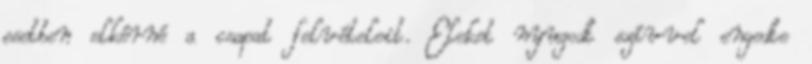
esetben elkérné a csapat felvételeit. Eleket nyugodt szívvel engedte